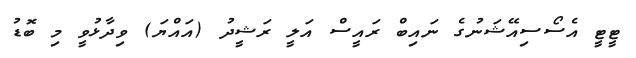
ޓީޓީ އެސޯސިއޭޝަނުގެ ނައިބް ރައީސް އަލީ ރަޝީދު (އައްޔަ) ވިދާޅުވީ މި ބޮޑު